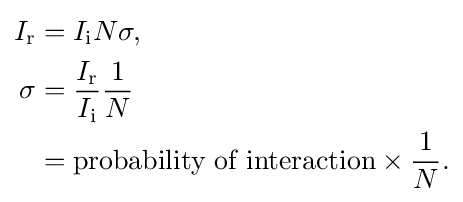
{\begin{aligned}I_{\text{r}}&=I_{\text{i}}N\sigma ,\\\sigma &={\frac {I_{\text{r}}}{I_{\text{i}}}}{\frac {1}{N}}\\&={\text{probability of interaction}}\times {\frac {1}{N}}.\end{aligned}}